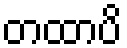
တထာပိ